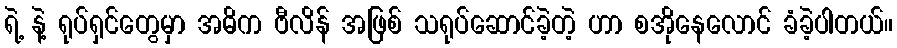
ရဲ့ နဲ့ ရုပ်ရှင်တွေမှာ အဓိက ဗီလိန် အဖြစ် သရုပ်ဆောင်ခဲ့တဲ့ ဟာ စအိုနေလောင် ခံခဲ့ပါတယ်။